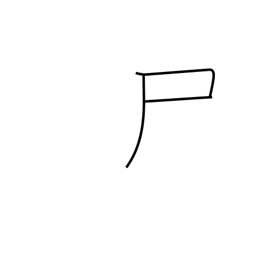
Meaning: flag radical (no. 44)